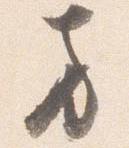
方